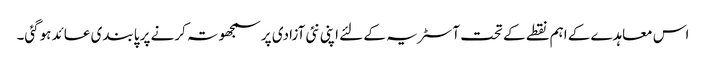
اس معاہدے کے اہم نقطے کے تحت آسٹریہ کے لئے اپنی نئی آزادی پر سمجھوتہ کرنے پر پابندی عائد ہوگئی۔